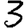
Digit: 3